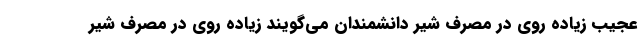
عجیب زیاده ‌روی در مصرف شیر دانشمندان می‌گویند زیاده روی در مصرف شیر